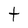
Character: t